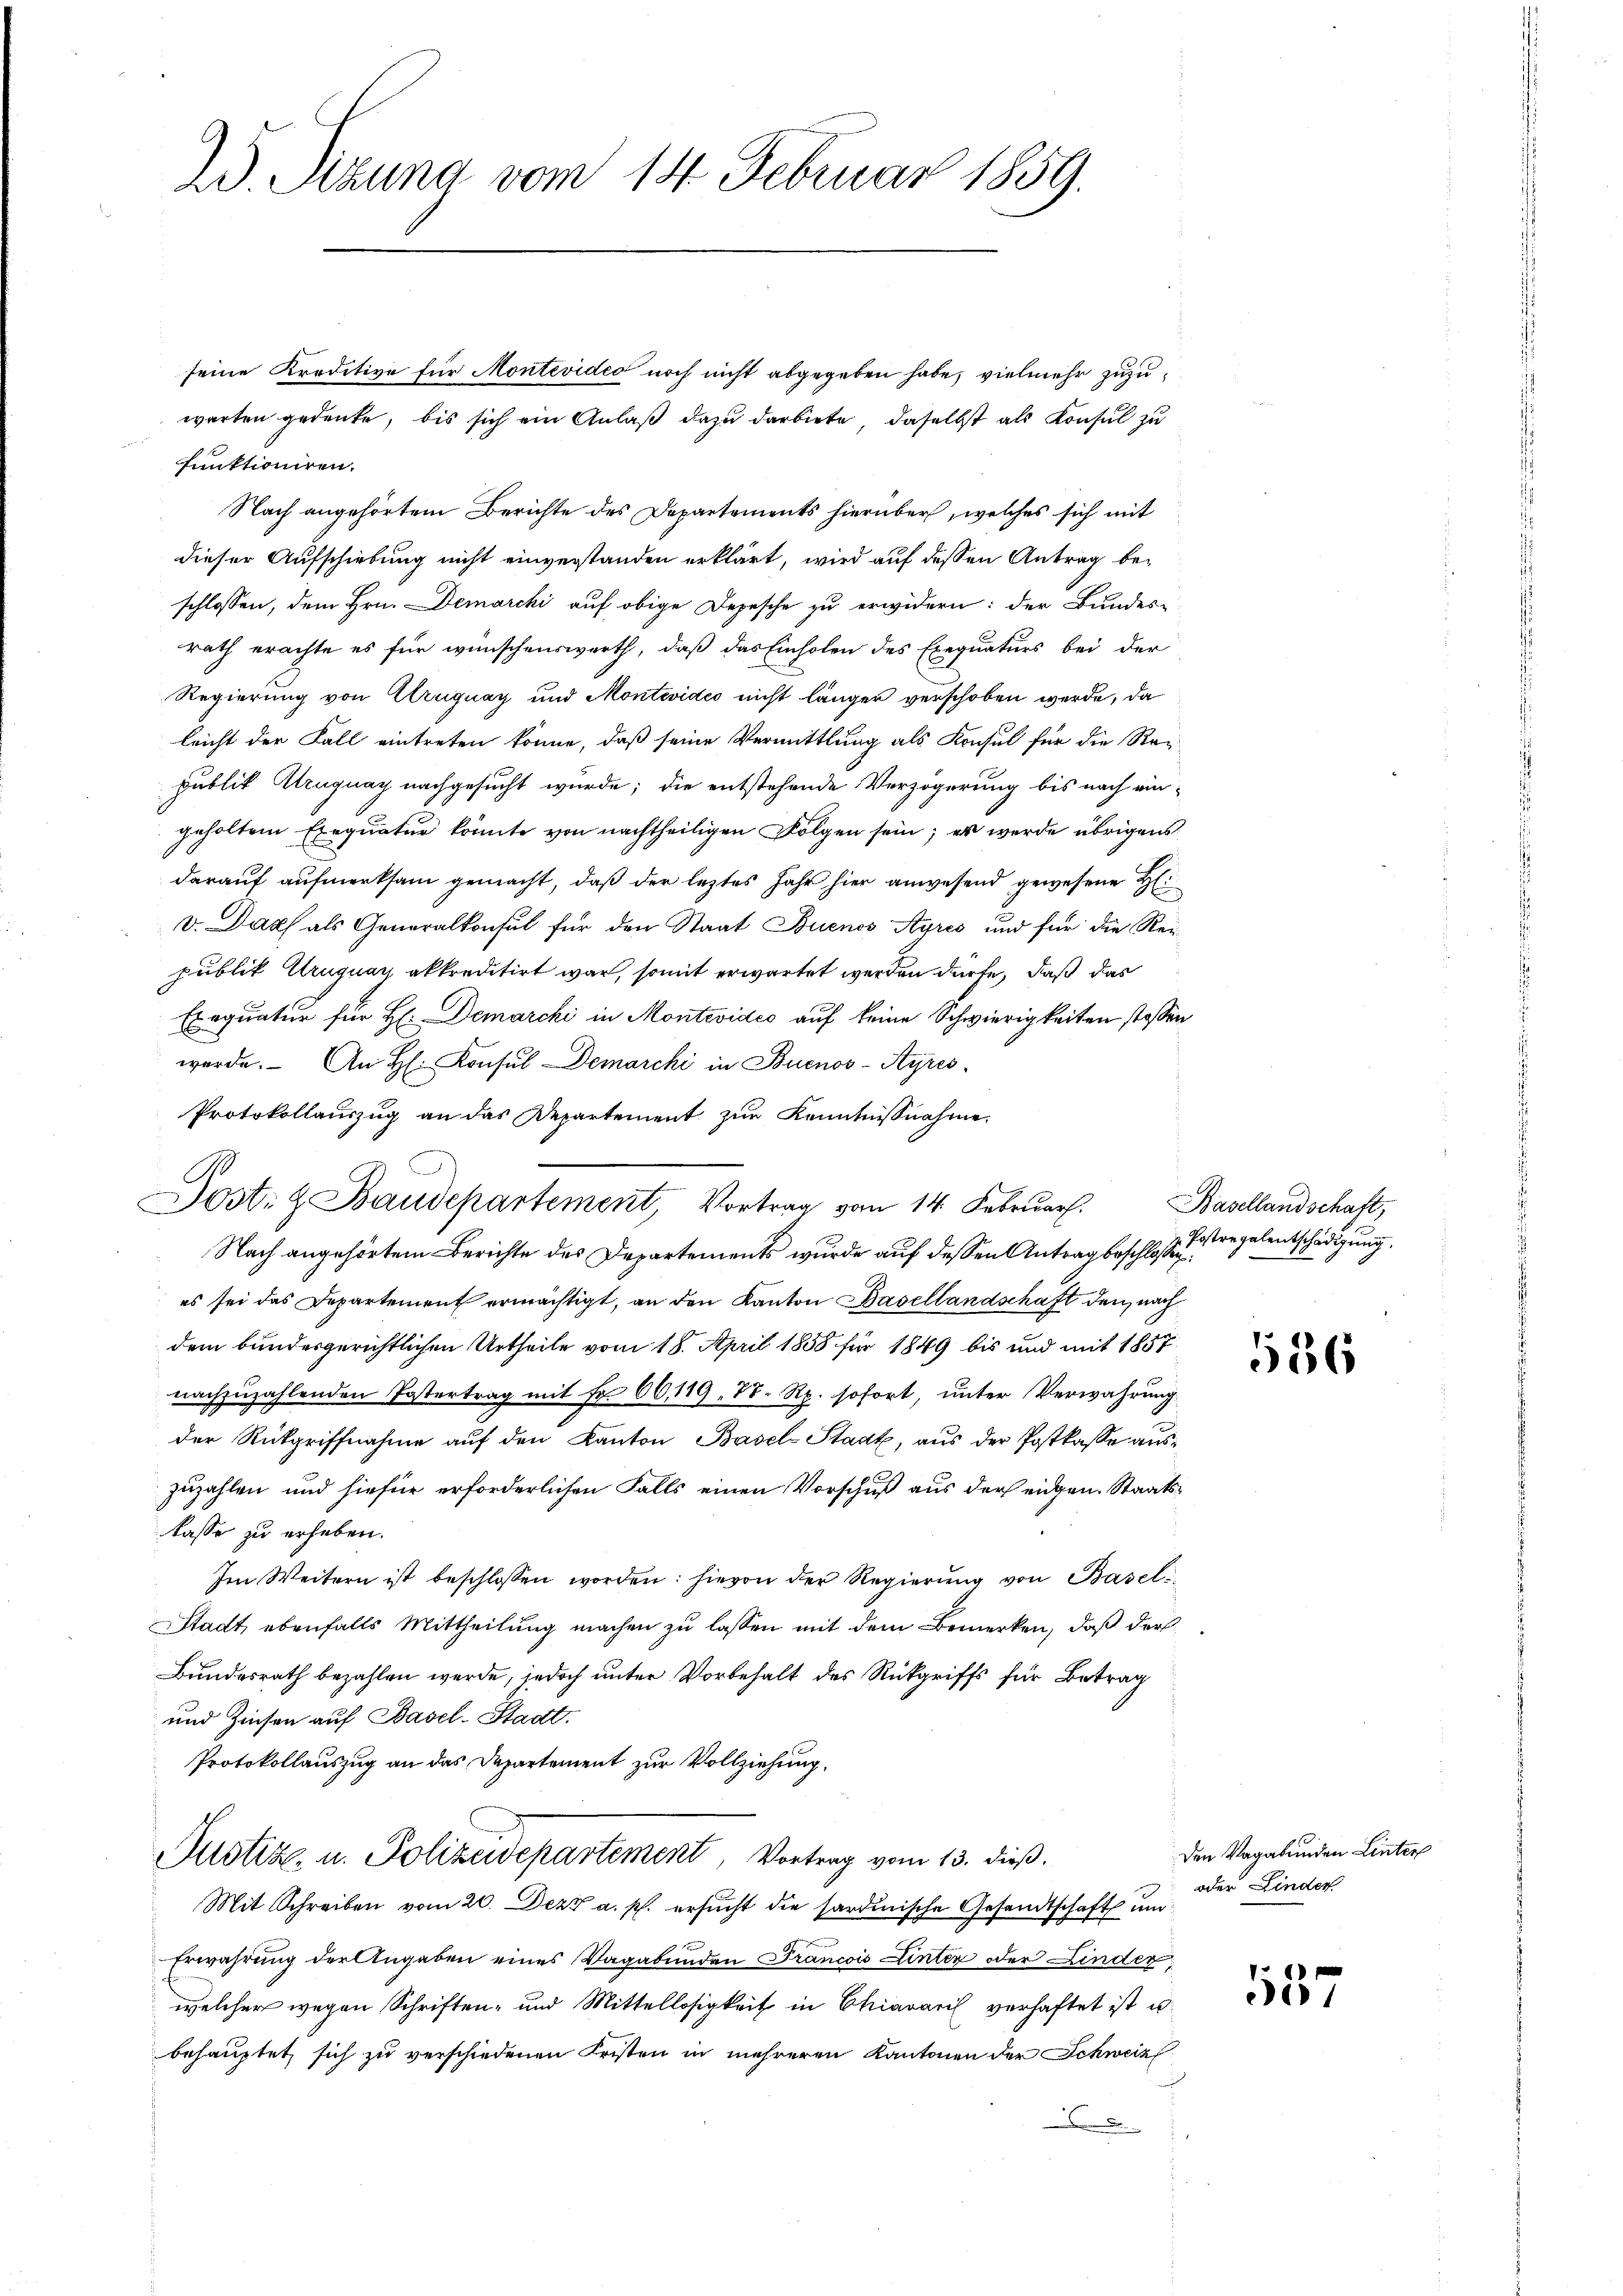
2. d. Sizung vom 14. Februar 1859.

seine Kreditive für Montevidea noch nicht abgegeben habe, vielmehr zuzuwarten gedenke, bis sich ein Anlaß dazu darbiete, daselbst als Konsul zu
funktioniren.
Nach angehörtem Berichte des Departements hierüber, welches sich mit
dieser Aufschiebung nicht einverstanden erklärt, wird auf dessen Antrag beschlossen, dem Hrn. Demarcki auf obige Depesche zu erwidern: der Bundes-
rath erachte es für wünschenswerth, daß das Einholen des Exequaturs bei der
Regierung von Cruguay und Montevideo nicht länger verschoben werde, da
leicht der Fall eintreten könne, daß seine Vermittlung als Konsul für die Re-
publik Alruguay nachgesucht wurde; die entstehende Verzögerung bis nach ein-
geholten Exequatur könnte von nachtheiligen Folgen sein; er werde übrigens
darauf aufmerksam gemacht, daß der leztes Jahr hier anwesend gewesene Hi
v. Dach als Generalkonsul für den Staat Buenos Ayres und für die Rei-
publik Uruguay akkreditirt war, somit erwartet werden dürfe, daß das
Exequatur für H: Demarchi in Montevidić auf keine Schwierigkeiten stossen
werde. An H. Konsul Demarchi in Buenos-Ayres¬
Protokollauszug an das Departement zur Kenntnisnahme
Nach angehörtem Berichte des Departements wurde auf dessen Antrag beschlossen,
es sei das Departement ermächtigt, an den Kanton Basellandschaft den nach
dem bundesgerichtlichen Urtheile vom 18. April 1858 für 1849 bis und mit 1857
nachzuzahlenden Postertrag mit Fr. 60,119. Dr. Rp. sofort, unter Verwahrung
der Rückgriffnahme auf den Kanton Basel-Stadt, aus der Postkasse auszuzahlen und hiefür erforderlichen Falls einen Vorschuß aus der eidgen. Staatslasse zu erheben.
Im Weitern ist beschlossen worden: hievon der Regierŭng von Basel
Stadt, ebenfalls Mittheilung machen zu lassen mit dem Bemerken, daß der
Bundesrath bezahlen werde, jedoch unter Vorbehalt des Rückgriffs für Betrag
und Zinsen auf Basel-Stadt.
Protokollauszug an das Departement zur Vollziehung.
Justiz- u. Polizeidepartement, Vortrag vom 13. dieß.
Mit Schreiben vom 20. Dez. a. p. ersucht die sardinische Gesandtschaft un
Erwährung der Angaben eines Vagabunden Francois Linter oder Linder,
welcher wegen Schriften- und Mittellosigkeit in Chiavari verhaftet ist u.
behauptet sich zu verschiedenen Fristen in mehreren Kantonen der Schweiz
.

A

Jost. H. Baudepartement, Vortrag vom 14. Februar.

Basellandschaft,
Postregalentschädigung.

536

Den Vagabunden Linter
oder Finder

1137